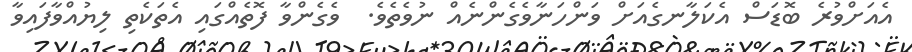
އެއަށްވުރެ ބޮޑަސް އެކަލާނގެއަށް ވަންހަނާވެގެންނެއް ނުވެތެވެ.  ވެގެންވާ ފޮތެއްގައި އެތަކެތި ލިޔުއްވާފައިވާ